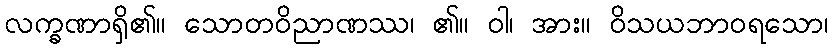
လက္ခဏာရှိ၏။ သောတဝိညာဏဿ၊ ၏။ ဝါ၊ အား။ ဝိသယဘာဝရသော၊